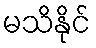
မသိနိုင်